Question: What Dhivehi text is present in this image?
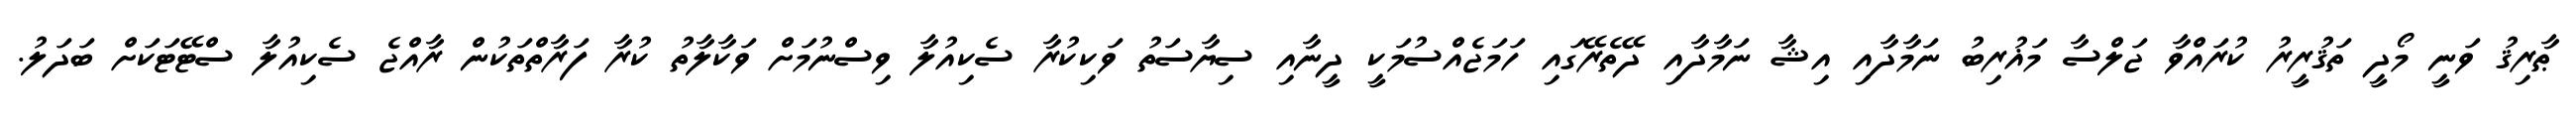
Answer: ޠާރިޤު ވަނީ މޯދީ ތަޤުރީރު ކުރައްވާ ޖަލްސާ މަޣުރިބު ނަމާދާއި އިޝާ ނަމާދާއި ދޭތެރޭގައި ހަމަޖެއްސުމަކީ ދީނާއި ސިޔާސަތު ވަކިކުރާ ސެކިއުލާ ވިސްނުމަށް ވަކާލާތު ކުރާ ފަރާތްތަކުން ރާއްޖެ ސެކިއުލާ ސްޓޭޓަކަށް ބަދަލު.